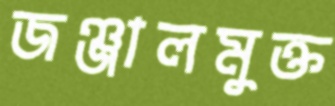
জঞ্জালমুক্ত